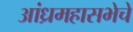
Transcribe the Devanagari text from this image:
आंध्रमहासभेचे